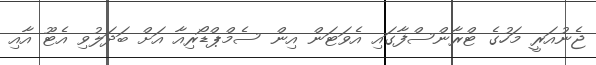
ޖެނުއަރީ މަހުގެ ޓްރާންސްފާގައި އެވަޓަން އިން ސެމްޕްޑޯރިއާ އަށް ބަދަލުވި އެޓޫ އާއި